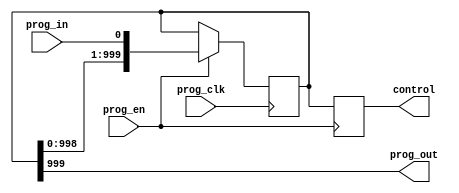
`timescale 1ns / 1ps

module shift_reg #(parameter SIZE = 1000) ( // plz dont leave uninitilized 
    input prog_in,
    input prog_clk,
    input prog_en,
    output [SIZE-1:0] control,
    output prog_out
    );
    reg [SIZE - 1:0] prog_control;
    reg [SIZE - 1:0] control_reg;

    always @(posedge prog_clk) begin
        if (prog_en == 1)
            prog_control <= { prog_control[SIZE - 2:0], prog_in };
    end
    
    always @(negedge prog_en) begin
        control_reg <= prog_control;
    end
    
    // Keep chain of shift registers going to next CLB
    assign prog_out = prog_control[SIZE - 1];
    assign control = control_reg;
endmodule